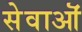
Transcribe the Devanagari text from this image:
सेवाऒं